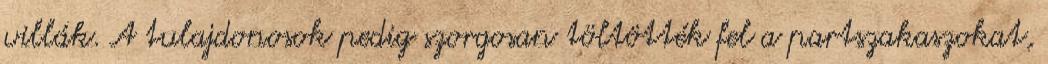
villák. A tulajdonosok pedig szorgosan töltötték fel a partszakaszokat,